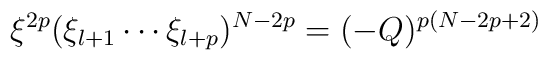
\xi ^{2p}(\xi _{l+1}\cdots \xi _{l+p})^{N-2p}=(-Q)^{p(N-2p+2)}